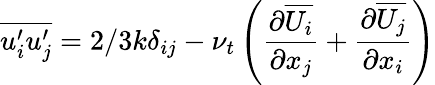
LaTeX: \overline{{u_{i}^{\prime}u_{j}^{\prime}}}=2/3k\delta_{ij}-\nu_{t}\left({\frac{\partial\overline{{U_{i}}}}{\partial x_{j}}}+{\frac{\partial\overline{{U_{j}}}}{\partial x_{i}}}\right)